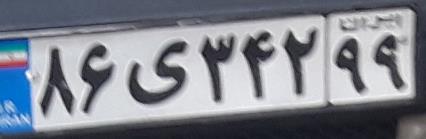
۸۶ی۳۴۲۹۹